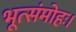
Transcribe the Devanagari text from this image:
भूत्संमोहः।